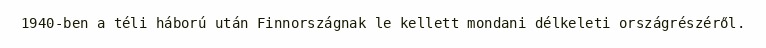
1940-ben a téli háború után Finnországnak le kellett mondani délkeleti országrészéről.